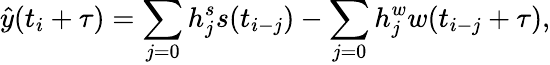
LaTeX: \hat{y}(t_{i}+\tau)=\sum_{j=0}h_{j}^{s}s(t_{i-j})-\sum_{j=0}h_{j}^{w}w(t_{i-j}+\tau),